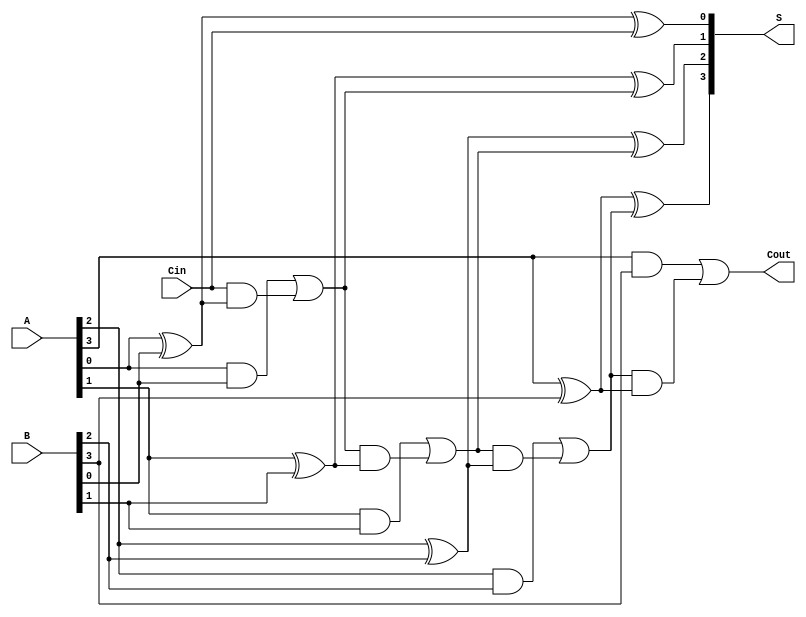
module ParallelFullAdder #(parameter n = 4) (
    input  [n-1:0] A,       // First multi-bit binary number
    input  [n-1:0] B,       // Second multi-bit binary number
    input         Cin,       // Carry-in for the least significant bit
    output [n-1:0] S,       // Sum output
    output        Cout       // Carry-out
);

    wire [n:0] carry; // Internal carry wires

    // Assign the initial carry input
    assign carry[0] = Cin;

    // Generate full adders for each bit
    genvar i;
    generate
        for (i = 0; i < n; i = i + 1) begin : full_adder
            // Sum output for each bit
            assign S[i] = A[i] ^ B[i] ^ carry[i];

            // Carry output for each bit
            assign carry[i + 1] = (A[i] & B[i]) | (carry[i] & (A[i] ^ B[i]));
        end
    endgenerate

    // Final carry-out is the carry from the last full adder
    assign Cout = carry[n];

endmodule